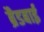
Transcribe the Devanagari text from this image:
ब्रैडबाई